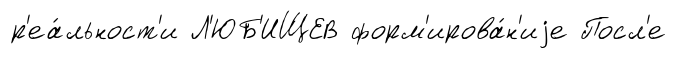
р'еа́льност'и Л'ЮБ'ИЩЕВ форм'ирова́н'иjе Посл'е